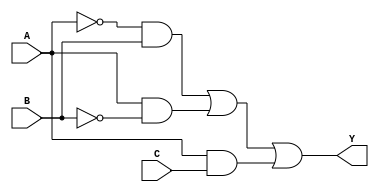
module SOP_Simplification (
    input wire A,
    input wire B,
    input wire C,
    output wire Y
);

// Define the minterms for the desired output
// For example, let's assume we want to implement the SOP for minterms 1, 2, 5, and 6
// Minterms: 1 (001), 2 (010), 5 (101), 6 (110)
// The simplified SOP expression for these minterms is A'B + AB' + AC

wire A_not = ~A; // NOT A
wire B_not = ~B; // NOT B
wire C_not = ~C; // NOT C

// Intermediate terms for the SOP expression
wire term1 = A_not & B;   // A'B
wire term2 = A & B_not;   // AB'
wire term3 = A & C;       // AC

// Final output Y is the OR of the intermediate terms
assign Y = term1 | term2 | term3;

endmodule